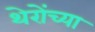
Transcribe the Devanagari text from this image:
थेरोंच्या